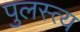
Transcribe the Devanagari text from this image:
पुलस्‍त्‍य